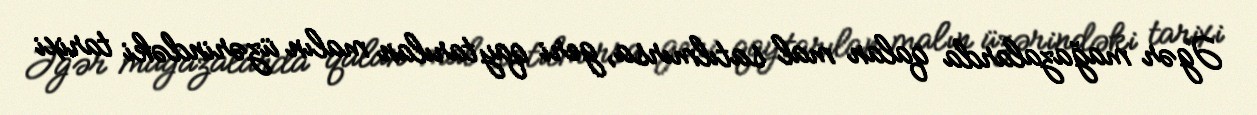
Əgər mağazalarda qalan mal satılmırsa, geri qaytarılan malın üzərindəki tarixi